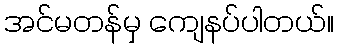
အင်မတန်မှ ကျေနပ်ပါတယ်။